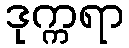
ဒုက္ကရာ